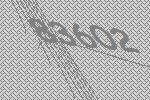
83602